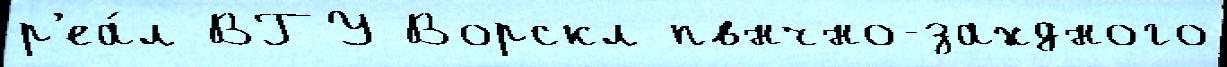
р'еа́л ВГУ Ворскл пвнчно-захдного